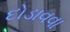
દોડાવવા